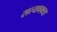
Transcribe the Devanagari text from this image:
सत्यवक्ता